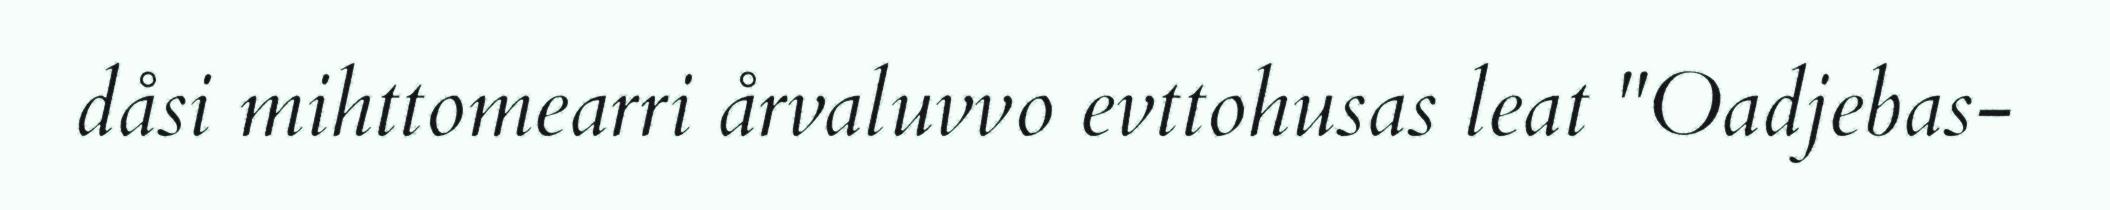
dåsi mihttomearri årvaluvvo evttohusas leat "Oadjebas-